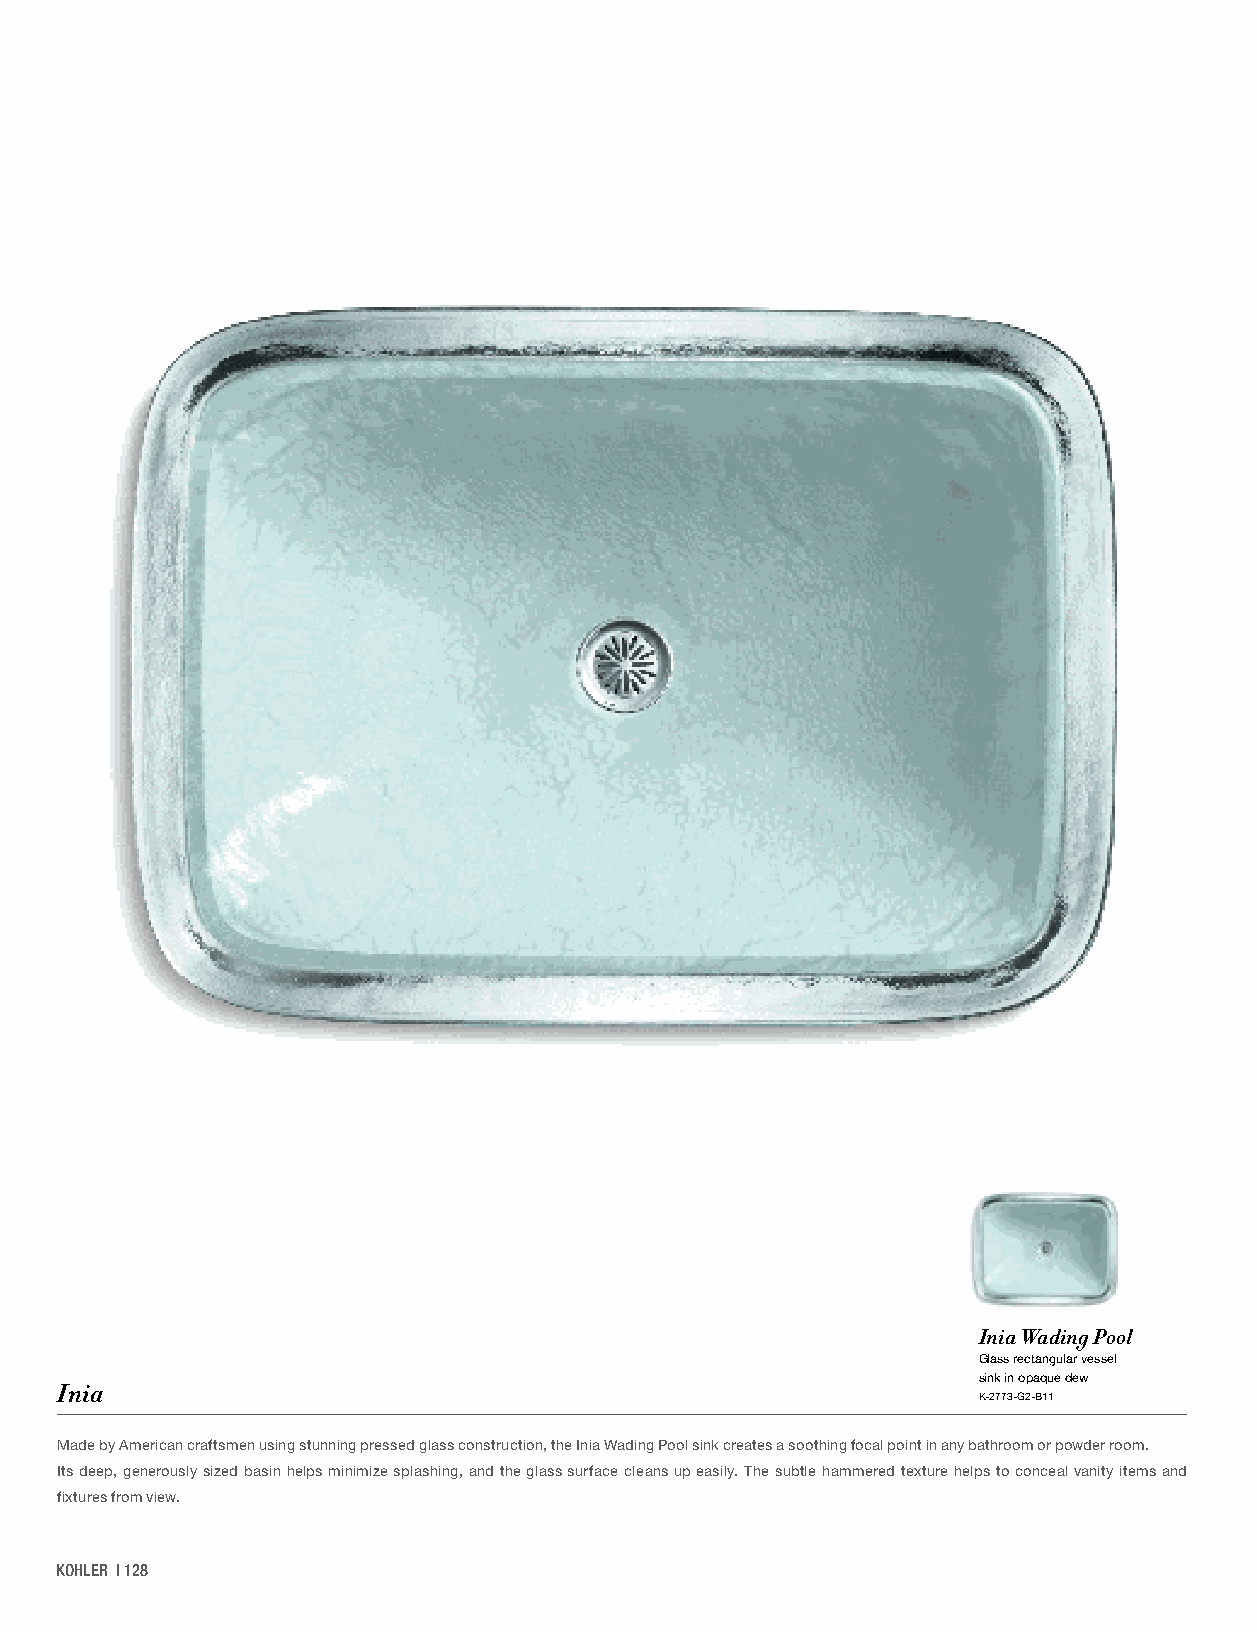
Inia Wading Pool
 Glass rectangular vessel
 sink in opaque dew
 Inia                                                         K-2773-G2-B11
 Made by American craftsmen using stunning pressed glass construction, the Inia Wading Pool sink creates a soothing focal point in any bathroom or powder room.
 Its deep, generously sized basin helps minimize splashing, and the glass surface cleans up easily. The subtle hammered texture helps to conceal vanity items and
 fixtures from view.
 KOHLER | 128